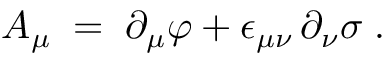
A _ { \mu } \; = \; \partial _ { \mu } \varphi + \epsilon _ { \mu \nu } \, \partial _ { \nu } \sigma \; .